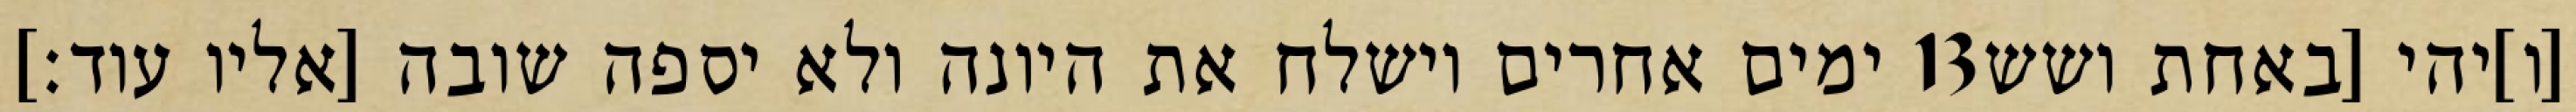
ימים אחרים וישלח את היונה ולא יספה שובה [אליו עוד׃] ‎13‏ [ו]יהי [באחת ושש